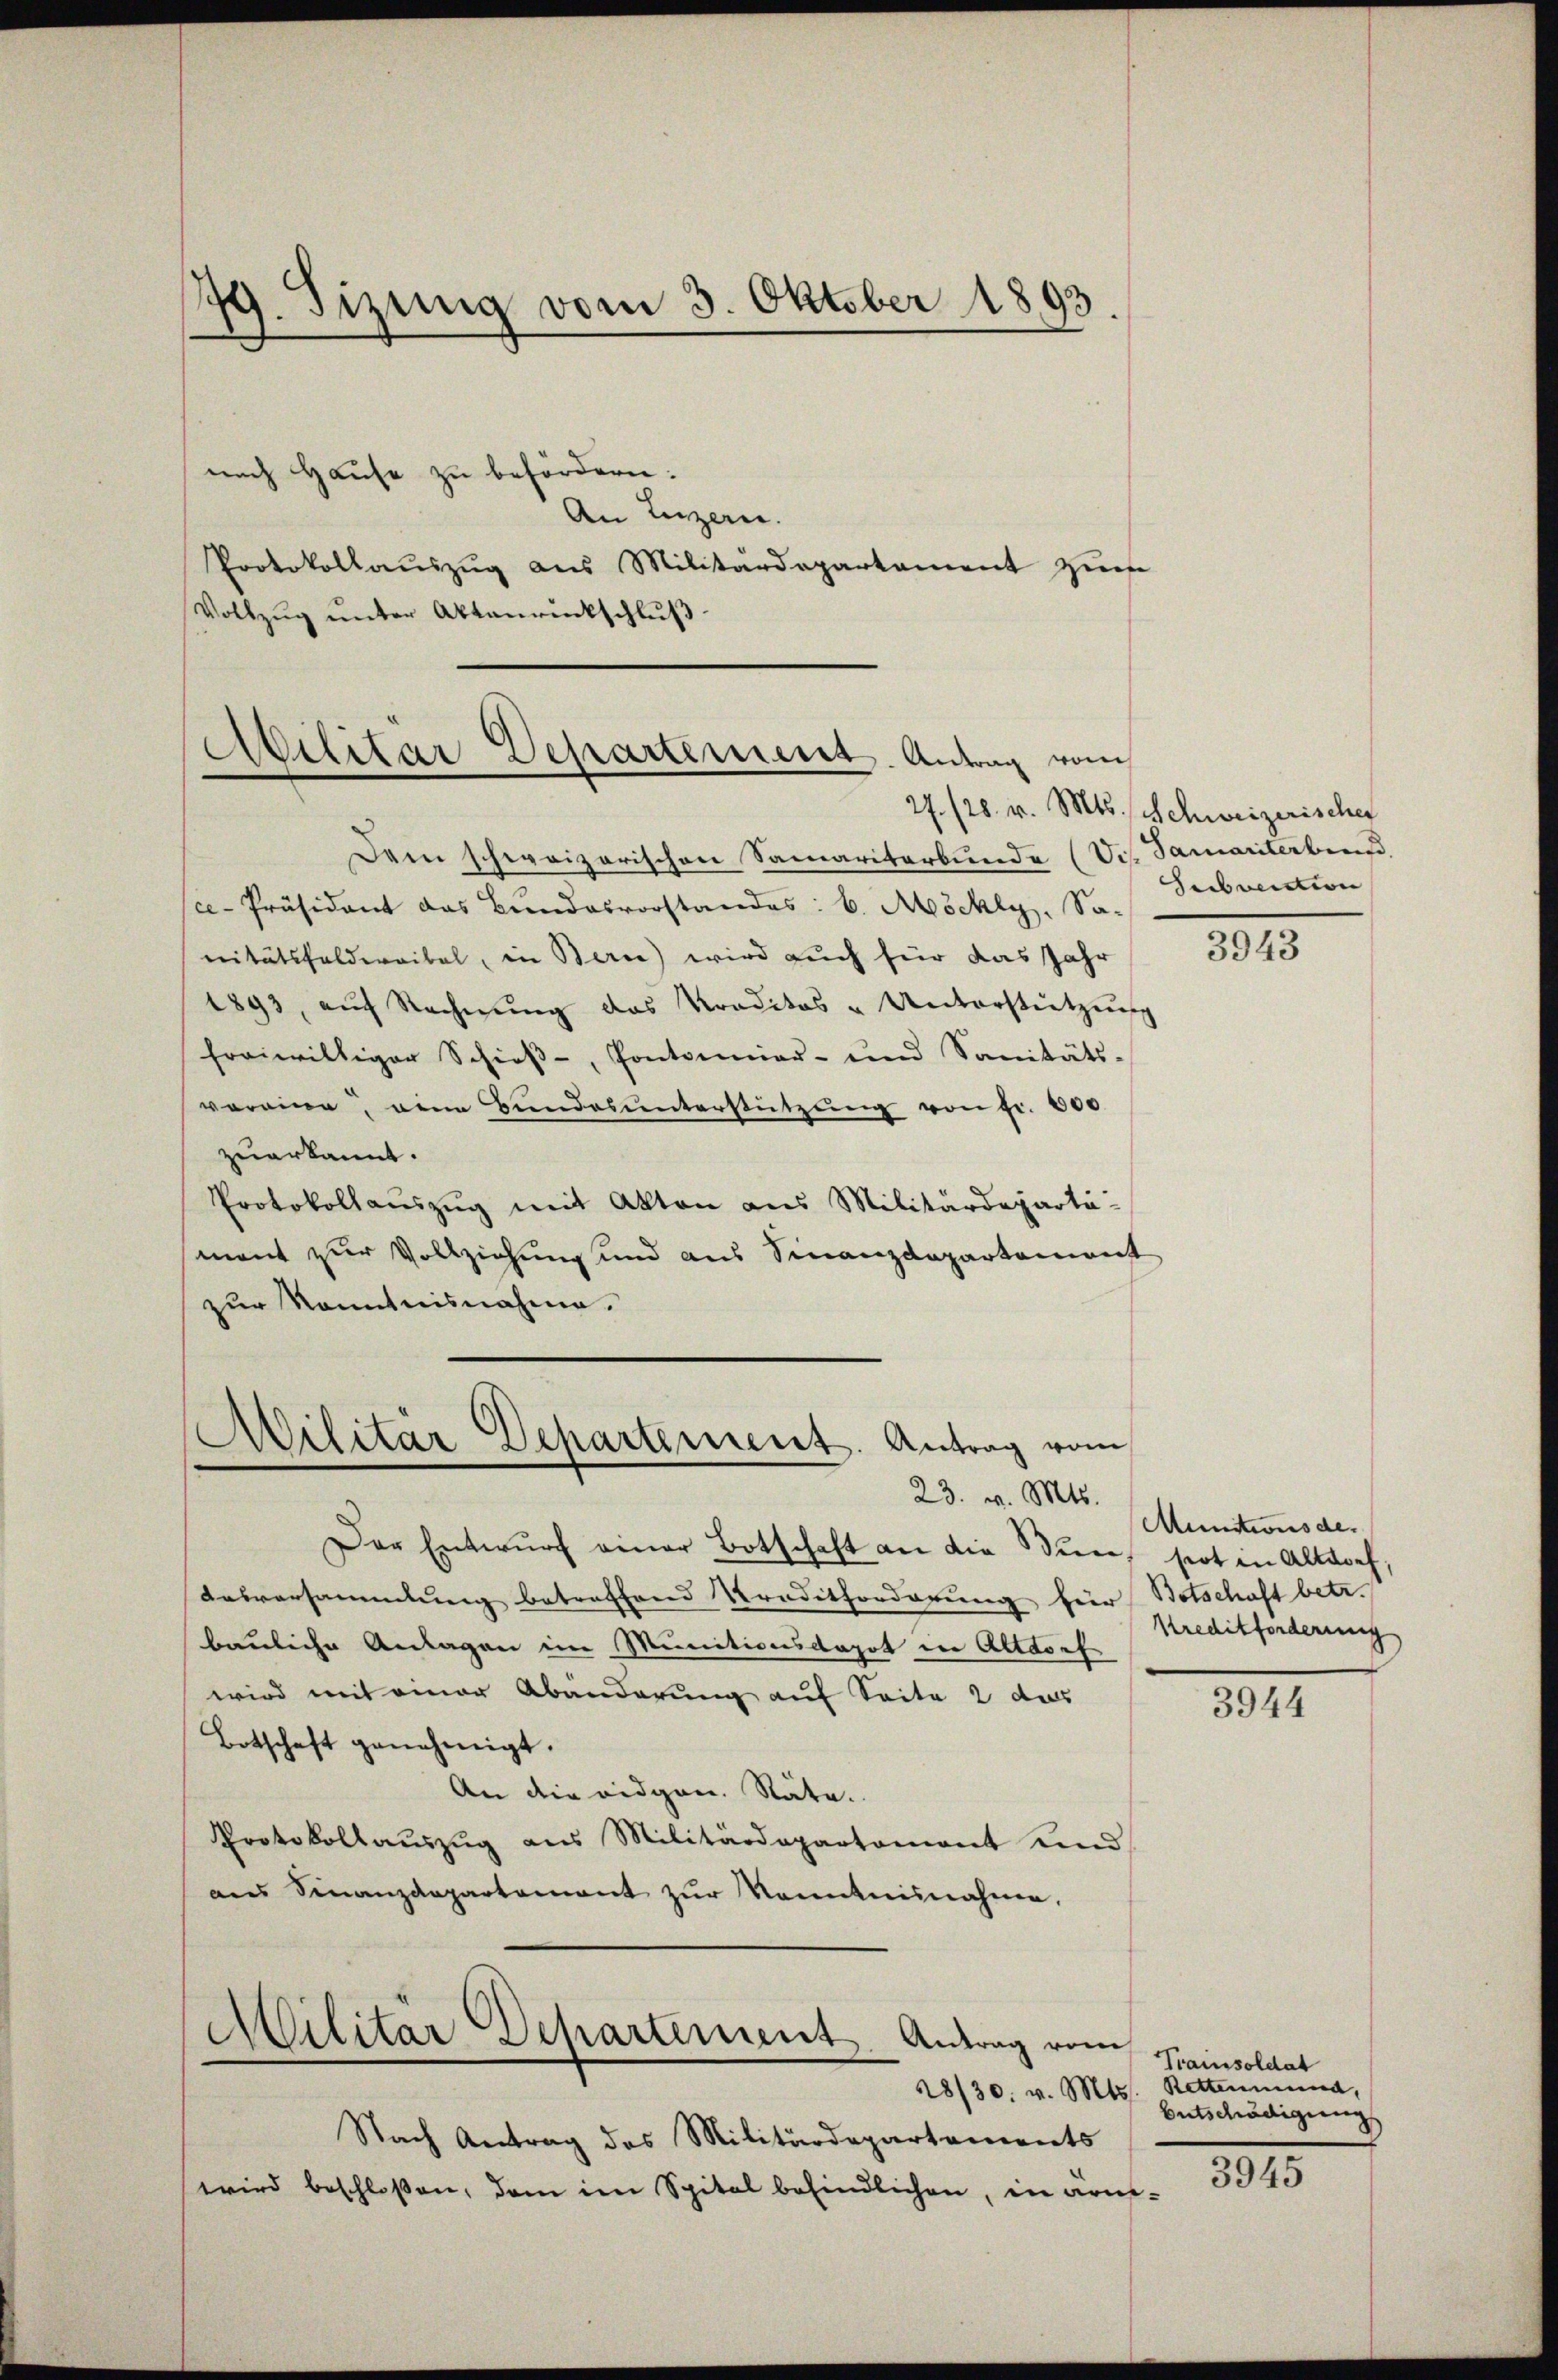
79. Fizung vom 3. Oktober 1893.

nach Hause zu befördern:
An Luzern.
Protokollaŭszŭg aŭs Militärdepartament zŭm
Vollzŭg ŭnter Aktenrückschlŭβ

Abilitär Departement. Antrag vom

Militar Departement. Antrag vom
23. v. Mts.

Dem schweizerischen Samariterbunde (Sch. Samariterben.
ce-Präsident das Bundesvorstandes: b. Möckly, Sanitätsfeldweitel, in Bern) wird auch für das Jahr
1893, aŭf Rechnŭng das Kreditos u Unterstützung
freiwilliger Schieβ-, Pontanniar- und Sanitäts-
veraine, eine Bŭndes unterstützŭng von fr. 800
zuerkannt.
Protokollauszug mit Akten aus Militärdeparti-
sment zur Vollziehung und aus Finanzdepartement
zur Kenntnisnahme.

Militär Departement. Antrag vom
28/30. v. Mts.

Der Entwŭrf einer Botschaft an die in sort in Altdorf,
Ausversammlung betreffend Kredithorderung hier Botschaft betr.
bauliche Anlagen im Munitionsdapot in Altdorf
wird mit einer Abänderung auf Seite 2 das
Botschaft genehmigt.
An die eidgen. Stäte.
Protokollaŭszŭg ans Militärdepartament und
ans Finanzdepartement zur Kenntnisnahme,

Nach Antrag des Militärdepartements
wird beschloßen, dem im Spital befindlichen, in aus¬

27. 128. v. Mts. Schweizerischer
Subvention

3943

Munitionsde.
Kreditforderung

3944

Tramisoldat
Rettenmund,
Entschädigung

3945